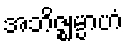
အဘိဇ္ဈမ္ပာဟံ